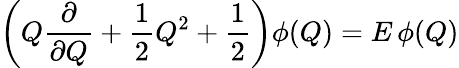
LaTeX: \left(Q{\frac{\partial}{\partial Q}}+{\frac{1}{2}}Q^{2}+{\frac{1}{2}}\right)\phi(Q)=E\, \phi(Q)